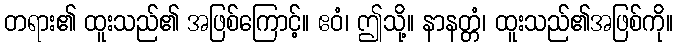
တရား၏ ထူးသည်၏ အဖြစ်ကြောင့်။ ဧဝံ၊ ဤသို့။ နာနတ္တံ၊ ထူးသည်၏အဖြစ်ကို။